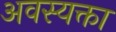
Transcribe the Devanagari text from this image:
अवस्यक्ता